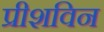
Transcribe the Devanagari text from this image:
प्रीशविन